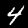
Label: 4